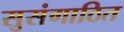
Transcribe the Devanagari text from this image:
सुसंगाठित